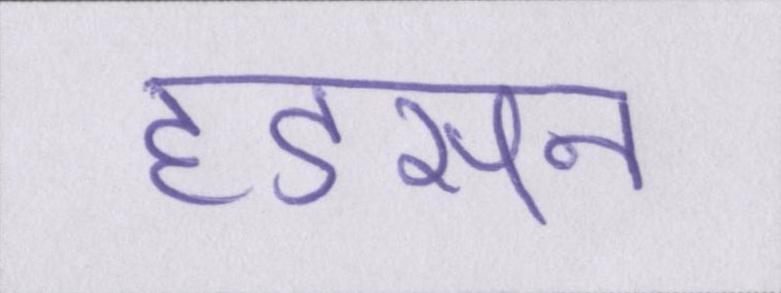
हडसन